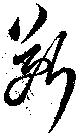
斷